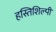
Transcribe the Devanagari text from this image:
हस्तिशिल्पी